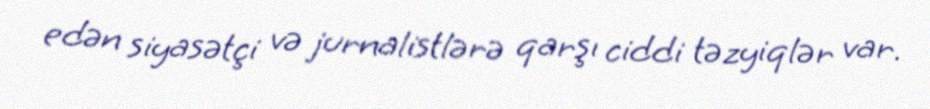
edən siyasətçi və jurnalistlərə qarşı ciddi təzyiqlər var.